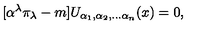
\lbrack \alpha ^ { \lambda } \pi _ { \lambda } - m ] U _ { \alpha _ { 1 } , \alpha _ { 2 } , \ldots \alpha _ { n } } ( x ) = 0 ,